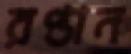
রপ্তান